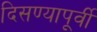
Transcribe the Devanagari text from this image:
दिसण्यापूर्वी